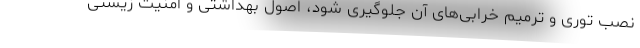
نصب توری و ترمیم خرابی‌های آن جلوگیری شود، اصول بهداشتی و امنیت زیستی